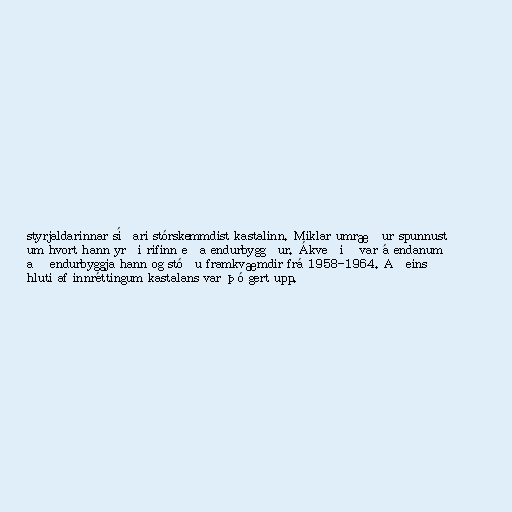
styrjaldarinnar síðari stórskemmdist kastalinn. Miklar umræður spunnust
um hvort hann yrði rifinn eða endurbyggður. Ákveðið var á endanum
að endurbyggja hann og stóðu framkvæmdir frá 1958-1964. Aðeins
hluti af innréttingum kastalans var þó gert upp.